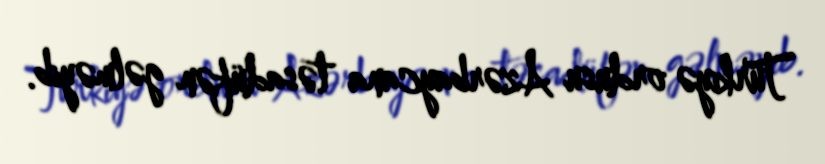
Türkiyə ordusu Azərbaycana təsadüfən gəlməyib.